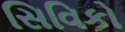
સિવિકો